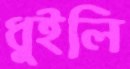
ধুইলি